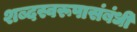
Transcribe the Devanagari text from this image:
शब्दस्वरूपासंबंधी